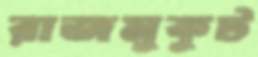
রাজমুকুট